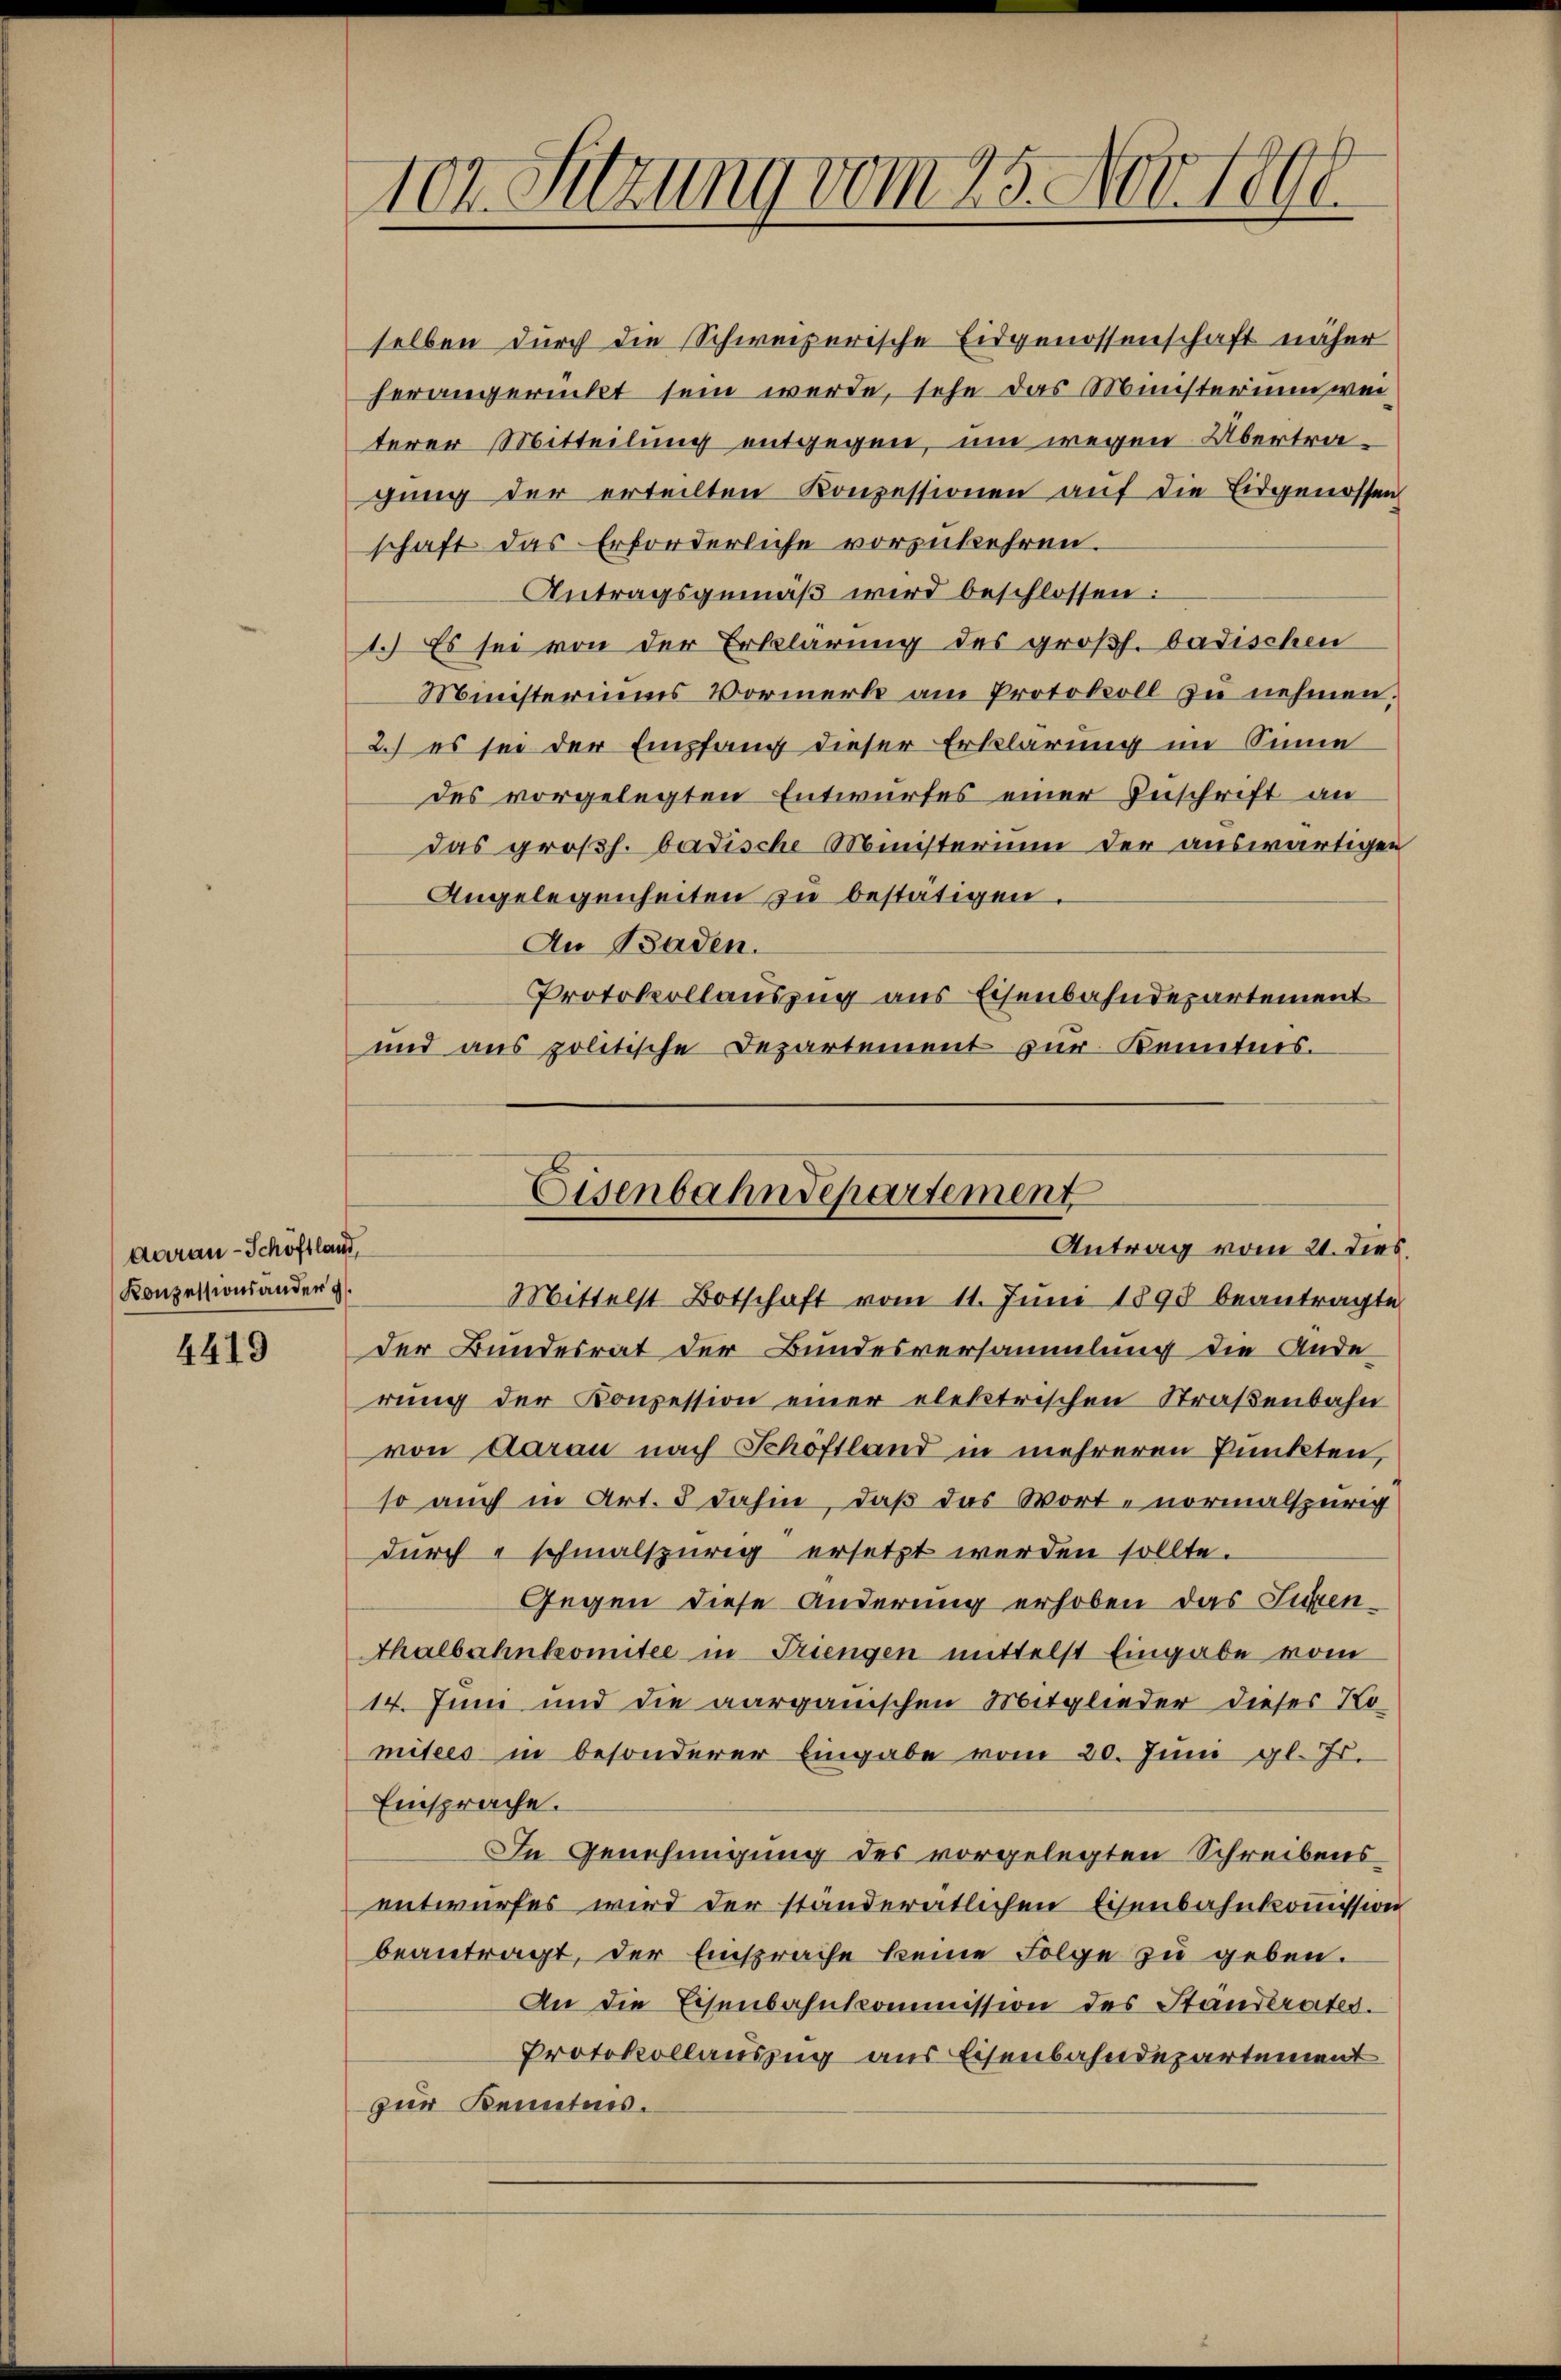
Aarau - Schöftland,
Konzessionsander g

4419

vor. Sitzung vom 25. Nov. Tobe
e

selben durch die Schweizerische Eidgenossenschaft näher
herangerückt sein werde, sehe das Münsterium weiterer Mitteilung entgegen, um wegen Übertragŭng der erteilten Konzessionen auf die Eidgenossen
schaft das Erforderliche vorzukehren.
Antragsgemäß wird beschlossen:
1.) Es sei von der Erklärung des großh. badischen
Ministeriums Vormerk am Protokoll zu nehmen.
2.) es sei der Empfang dieser Erklärung im Sinne
des vorgelegten Entwurfes einer Zuschrift an
das großh. badische Ministerium der auswärtigen
Angelegenheiten zu bestätigen.
An Baden.
Protokollauszug aus Eisenbahndepartement
und aus politische Departement zur Kenntnis.
Mittelst Botschaft vom 11. Jŭni 1898 beantragte
der Bundesrat der Bundesversammlung die Ande
rung der Konzession einer elektrischen Straßenbahn
von Aarau nach Schöftland in mehreren Punkten,
so auch in Art. 8 dahin, daß das Worte normalspurig
dŭrch schmalspurig ersetzt werden sollte.
Gegen diese Änderung erhoben das Putzen¬
Thalbahnkomitee in Triengen mittelst Eingabe vom
14. Juni und die aargauischen Mitglieder dieses Ro-
mitees in besonderer Eingabe vom 20. Juni gl. Js.
Einsprache.
In Genehmigung des vorgelegten Schreibens
entwurfes wird der ständerätlichen Eisenbahnkommission
beantragt, der Einsprache keine Folge zu geben.
An die Eisenbahnkommission des Ständerates.
Protokollauszug aus Eisenbahndepartement
zur Kenntnis.

Eisenbahndepartement
Antrag vom 21. dies,